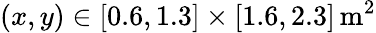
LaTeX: (x,y)\in[0.6,1.3]\times[1.6,2.3]\, \mathrm{m}^{2}